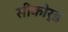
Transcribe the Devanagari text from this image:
सीकोर्ड